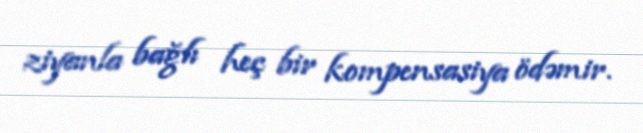
ziyanla bağlı heç bir kompensasiya ödəmir.